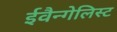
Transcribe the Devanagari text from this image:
ईवैन्गेलिस्ट